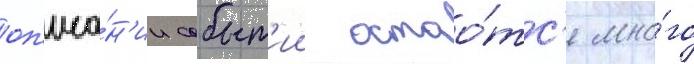
оп'иса́н'ии событ'ии остао́тс'я мно́го